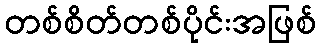
တစ်စိတ်တစ်ပိုင်းအဖြစ်